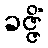
ခဇ္ဇိံ